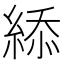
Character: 䋬